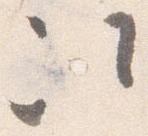
次